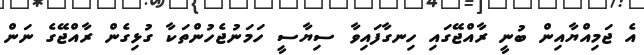
އެ ޖަމިއްޔާއިން ބުނީ ރާއްޖޭގައި ހިނގާފައިވާ ސިޔާސީ ހަމަނުޖެހުންތަކާ ގުޅިގެން ރާއްޖޭގެ ނަން